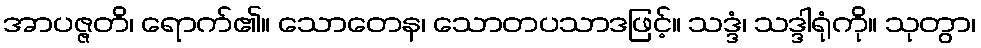
အာပဇ္ဇတိ၊ ရောက်၏။ သောတေန၊ သောတပသာဒဖြင့်။ သဒ္ဒံ၊ သဒ္ဒါရုံကို။ သုတွာ၊